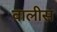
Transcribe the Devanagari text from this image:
वालीस